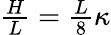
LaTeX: \begin{array}{r}{\frac{H}{L}=\frac{L}{8}\kappa}\end{array}